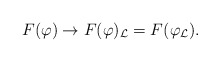
\begin{align*}F(\varphi)\to F(\varphi)_\mathcal{L}=F(\varphi_\mathcal{L}).\end{align*}